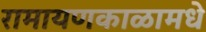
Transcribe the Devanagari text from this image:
रामायणकाळामधे